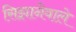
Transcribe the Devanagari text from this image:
सिझानेवाले